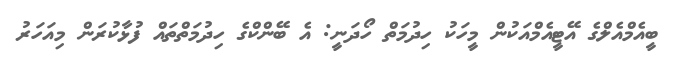
ބީއެމްއެލްގެ އޭޓީއެމްއަކުން މީހަކު ހިދުމަތް ހޯދަނީ: އެ ބޭންކްގެ ހިދުމަތްތައް ފުޅާކުރަން މިއަހަރު